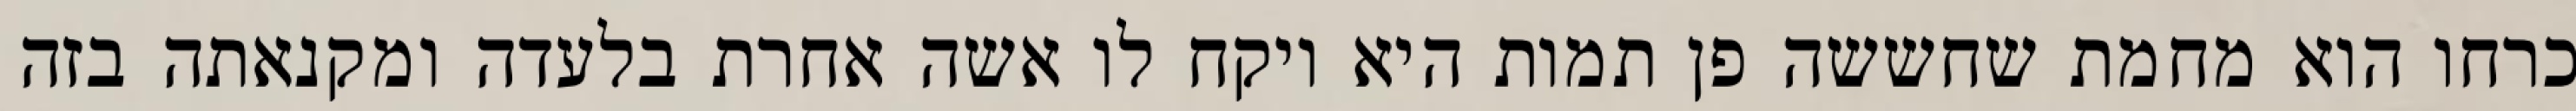
כרחו הוא מחמת שחששה פן תמות היא ויקח לו אשה אחרת בלעדה ומקנאתה בזה